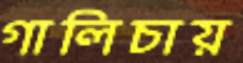
গালিচায়